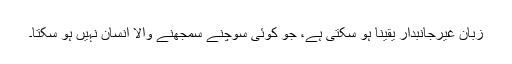
زبان غیرجانبدار یقیناً ہو سکتی ہے، جو کوئی سوچنے سمجھنے والا انسان نہیں ہو سکتا۔